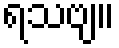
ရသဗျ။